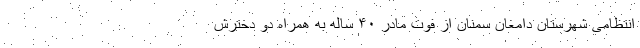
انتظامی شهرستان دامغان سمنان از فوت مادر ۴۰ ساله به همراه دو دخترش